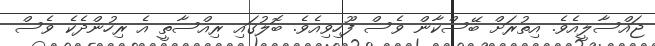
ޖައްސާލީއެވެ. އިތުރަށް ބޭސްކާން ވެސް ފޫހިވިއެވެ. ބޮލުގައި ރިއްސާތީ އެ ރިހުންދެކެ ވެސް